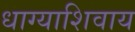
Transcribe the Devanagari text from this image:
धाग्याशिवाय